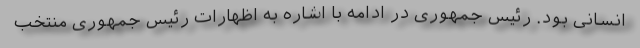
انسانی بود. رئیس جمهوری در ادامه با اشاره به اظهارات رئیس جمهوری منتخب